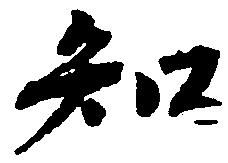
知